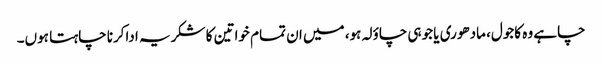
چاہے وہ کاجول، مادھوری یا جوہی چاؤلہ ہو، میں ان تمام خواتین کا شکریہ اداکرنا چاہتا ہوں۔